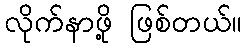
လိုက်နာဖို့ ဖြစ်တယ်။